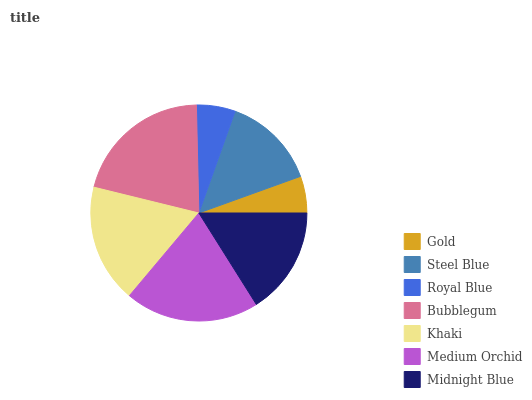
| Gold | Steel Blue | Royal Blue | Bubblegum | Khaki | Medium Orchid | Midnight Blue |
 | --- | --- | --- | --- | --- | --- | --- |
 | 5.51% | 14.1% | 5.81% | 20.8% | 17.7% | 20.1% | 16.1% |